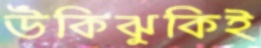
উঁকিঝুকিই